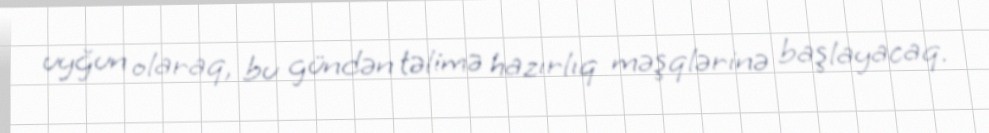
uyğun olaraq, bu gündən təlimə hazırlıq məşqlərinə başlayacaq.